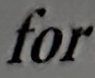
for